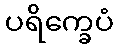
ပရိက္ခေပံ